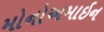
મોનોઅમાઇન